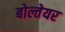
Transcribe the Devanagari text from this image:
बोल्तेयर